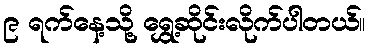
၉ ရက်နေ့သို့ ရွှေ့ဆိုင်းလိုက်ပါတယ်။